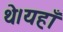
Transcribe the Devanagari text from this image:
थे।यहाँ